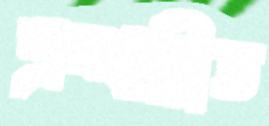
শ্রদ্ধান্বিত